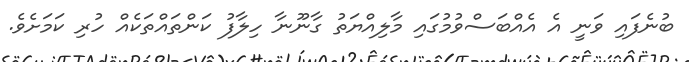
ބުނެފައި ވަނީ އެ އެއްބަސްވުމުގައި މާލިއްޔަތު ގާނޫނާ ހިލާފު ކަންތައްތަކެއް ހުރި ކަމަށެވެ.